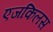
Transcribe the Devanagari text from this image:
एजकिलस